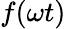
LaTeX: f(\omega t)